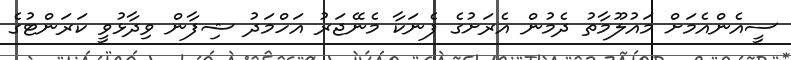
ސީއެންއެމަށް މައުލޫމާތު ދެމުން އެރަށުގެ ފެނަކާ މެނޭޖަރު އަހްމަދު ޝިފާން ވިދާޅުވީ ކަރަންޓުގެ